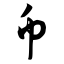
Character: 币